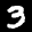
Label: 3